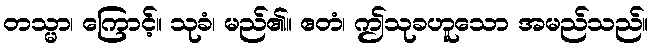
တသ္မာ၊ ကြောင့်။ သုခံ၊ မည်၏။ ဧတံ၊ ဤသုခဟူသော အမည်သည်။